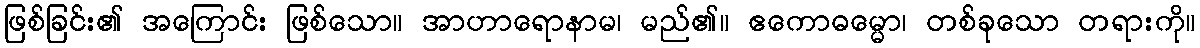
ဖြစ်ခြင်း၏ အကြောင်း ဖြစ်သော။ အာဟာရောနာမ၊ မည်၏။ ဧကောဓမ္မော၊ တစ်ခုသော တရားကို။